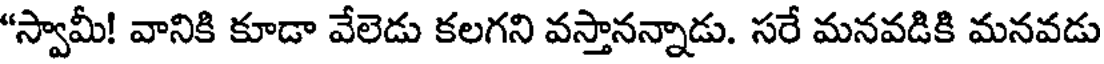
"స్వామీ! వానికి కూడా వేలెడు కలగని వస్తానన్నాడు. సరే మనవడికి మనవడు